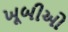
ખૂબીઓ